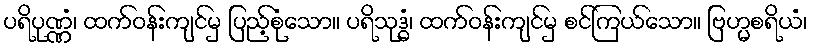
ပရိပုဏ္ဏံ၊ ထက်ဝန်းကျင်မှ ပြည့်စုံသော။ ပရိသုဒ္ဓံ၊ ထက်ဝန်းကျင်မှ စင်ကြယ်သော။ ဗြဟ္မစရိယံ၊